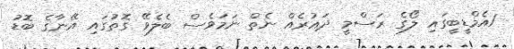
1އެމްޑީބީގައި ލޯގެ ރަސްމީ ދައުރެއް ނެތް ނަމަވެސް ބެލެވޭ ގޮތުގައި އޭނާގެ ބޮޑު